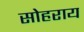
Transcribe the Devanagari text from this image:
सोहराय